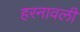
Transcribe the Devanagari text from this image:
हरनावली